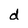
Character: d